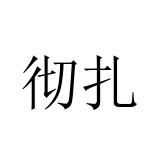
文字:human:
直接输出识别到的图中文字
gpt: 彻扎